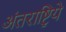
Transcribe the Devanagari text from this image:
अंतराष्ट्रिये